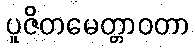
ပူဇိတမေတ္တာဝတာ